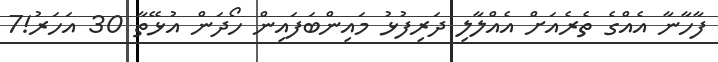
ފާހާނާ އެއްގެ ތެރެއަށް އެއްލާލި ދަރިފުޅު މައިންބަަފައިން ހޯދަން އުޅޭތާ 30 އަހަރު!7